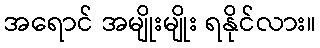
အရောင် အမျိုးမျိုး ရနိုင်လား။